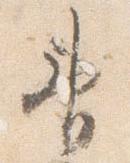
神